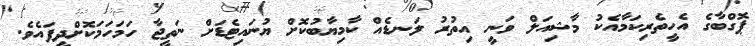
ޕޮގްބާގެ އެހީތެރިކަމާއެކު މާޝިއަލް ވަނީ އިތުރު ލަނޑެއް ކާމިޔާބުކޮށް ޔުނައިޓެޑަށް ނަތީޖާ ހަމަހަމަކޮށްދީފައެވެ.